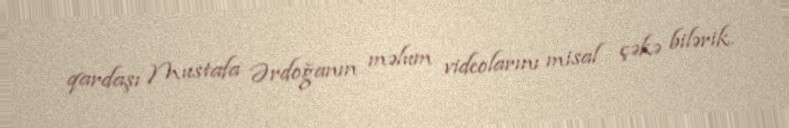
qardaşı Mustafa Ərdoğanın məlum videolarını misal çəkə bilərik.